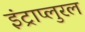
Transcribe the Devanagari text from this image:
इंट्राप्लुरल